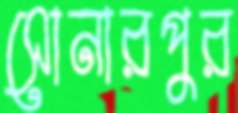
সোনারপুর